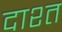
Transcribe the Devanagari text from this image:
दाश्त